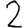
Digit: 2